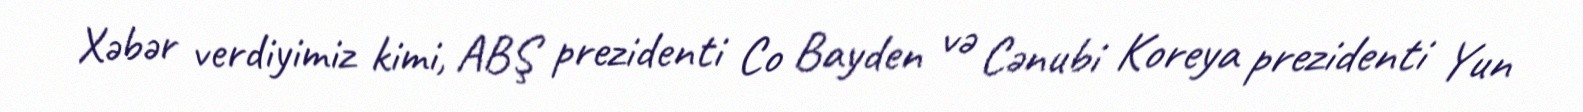
Xəbər verdiyimiz kimi, ABŞ prezidenti Co Bayden və Cənubi Koreya prezidenti Yun